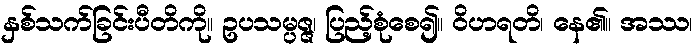
နှစ်သက်ခြင်းပီတိကို။ ဥပသမ္ပဇ္ဇ၊ ပြည့်စုံစေ၍။ ဝိဟရတိ၊ နေ၏။ အဿ၊